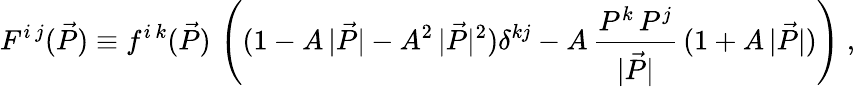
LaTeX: F^{i\, j}(\vec{P})\equiv f^{i\, k}(\vec{P})\, \left((1-A\, |\vec{P}|-A^{2}\, |\vec{P}|^{2})\delta^{kj}-A\, \frac{P^{k}\, P^{j}}{|\vec{P}|}\, (1+A\, |\vec{P}|)\right)\; ,